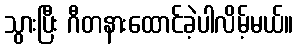
သွားပြီး ဂီတနားထောင်ခဲ့ပါလိမ့်မယ်။